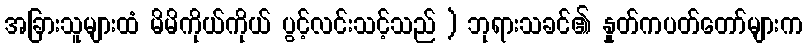
အခြားသူများထံ မိမိကိုယ်ကိုယ် ပွင့်လင်းသင့်သည် ) ဘုရားသခင်၏ နှုတ်ကပတ်တော်များက